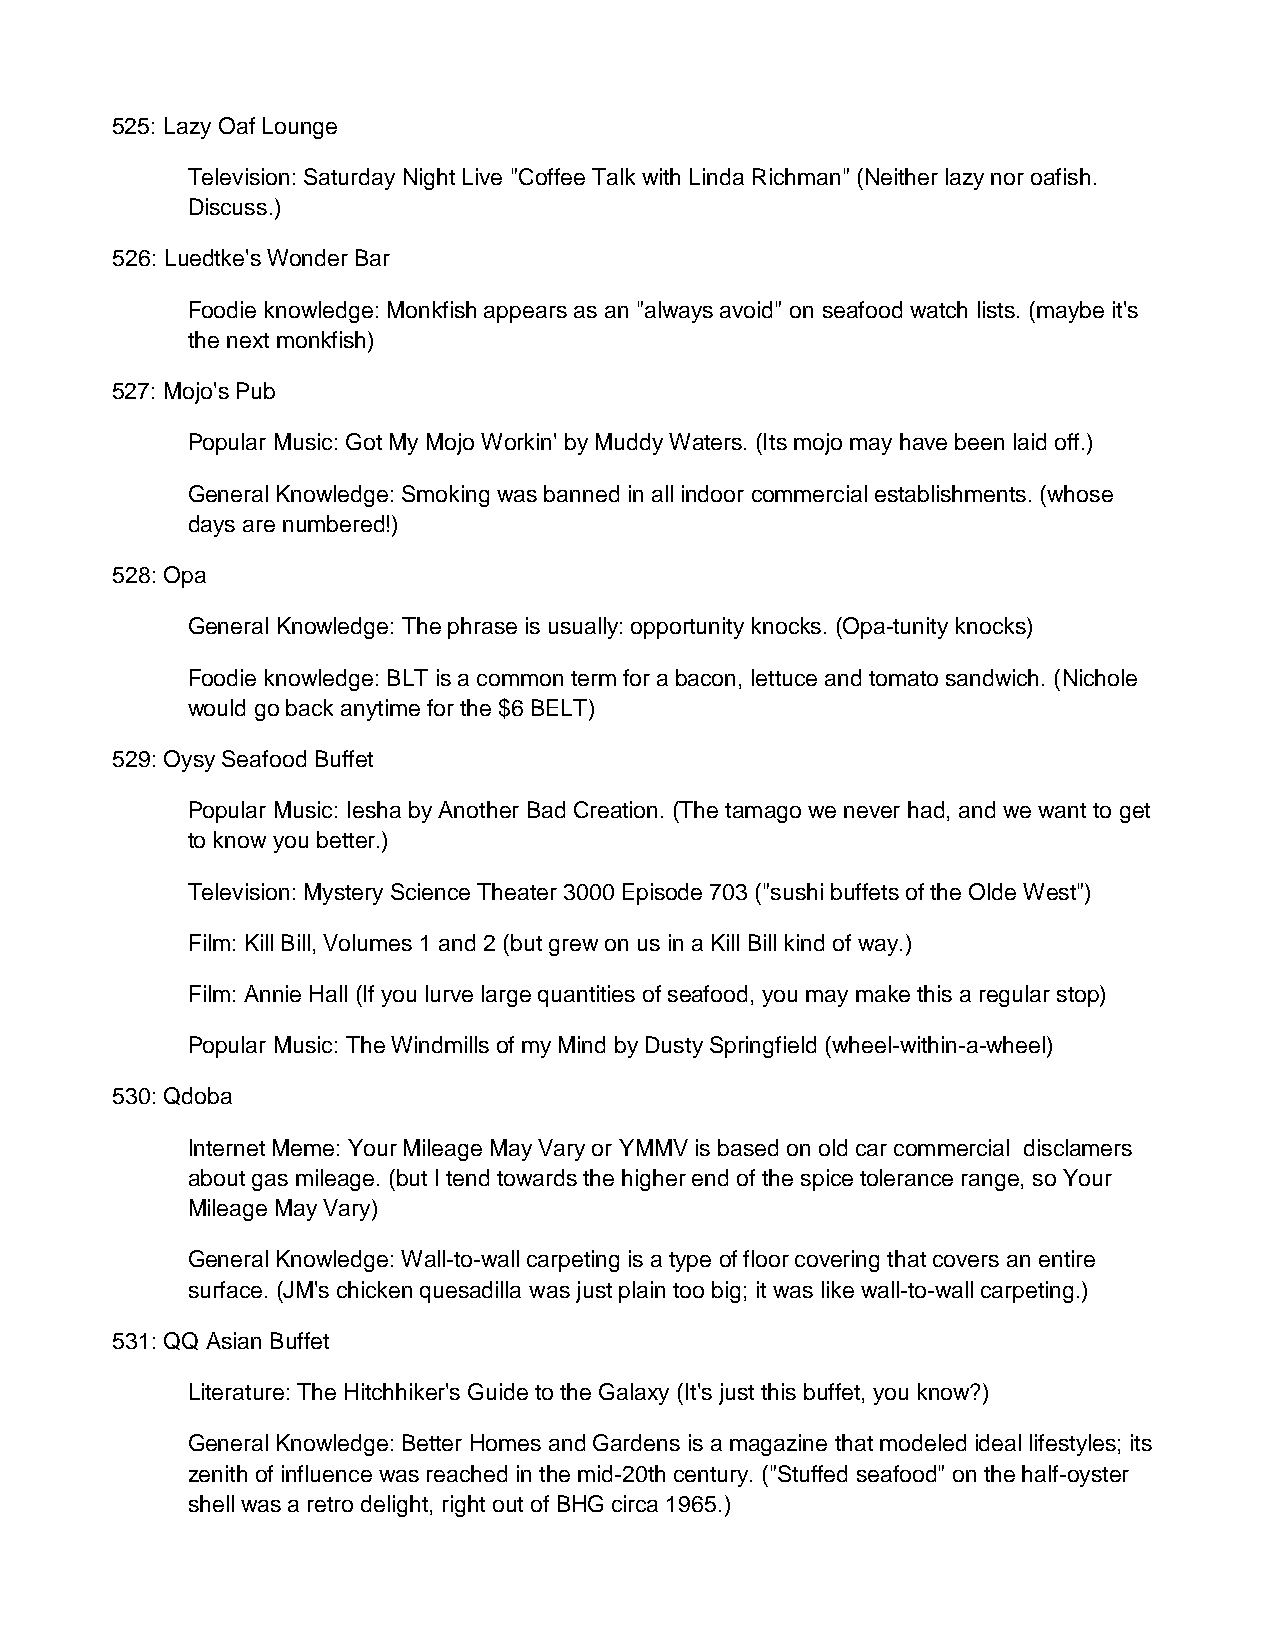
525: Lazy Oaf Lounge
 Television: Saturday Night Live "Coffee Talk with Linda Richman" (Neither lazy nor oafish.
 Discuss.)
 526: Luedtke's Wonder Bar
 Foodie knowledge: Monkfish appears as an "always avoid" on seafood watch lists. (maybe it's
 the next monkfish)
 527: Mojo's Pub
 Popular Music: Got My Mojo Workin' by Muddy Waters. (Its mojo may have been laid off.)
 General Knowledge: Smoking was banned in all indoor commercial establishments. (whose
 days are numbered!)
 528: Opa
 General Knowledge: The phrase is usually: opportunity knocks. (Opa-tunity knocks)
 Foodie knowledge: BLT is a common term for a bacon, lettuce and tomato sandwich. (Nichole
 would go back anytime for the $6 BELT)
 529: Oysy Seafood Buffet
 Popular Music: Iesha by Another Bad Creation. (The tamago we never had, and we want to get
 to know you better.)
 Television: Mystery Science Theater 3000 Episode 703 ("sushi buffets of the Olde West")
 Film: Kill Bill, Volumes 1 and 2 (but grew on us in a Kill Bill kind of way.)
 Film: Annie Hall (If you lurve large quantities of seafood, you may make this a regular stop)
 Popular Music: The Windmills of my Mind by Dusty Springfield (wheel-within-a-wheel)
 530: Qdoba
 Internet Meme: Your Mileage May Vary or YMMV is based on old car commercial disclamers
 about gas mileage. (but I tend towards the higher end of the spice tolerance range, so Your
 Mileage May Vary)
 General Knowledge: Wall-to-wall carpeting is a type of floor covering that covers an entire
 surface. (JM's chicken quesadilla was just plain too big; it was like wall-to-wall carpeting.)
 531: QQ Asian Buffet
 Literature: The Hitchhiker's Guide to the Galaxy (It's just this buffet, you know?)
 General Knowledge: Better Homes and Gardens is a magazine that modeled ideal lifestyles; its
 zenith of influence was reached in the mid-20th century. ("Stuffed seafood" on the half-oyster
 shell was a retro delight, right out of BHG circa 1965.)